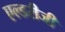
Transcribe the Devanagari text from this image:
एल्डरीजी